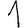
Digit: 1